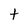
Character: t